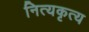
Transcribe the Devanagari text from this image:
नित्यकृत्य